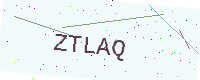
Text: ZTLAQ